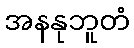
အနနုဘူတံ